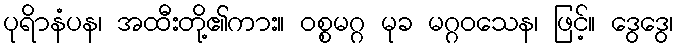
ပုရိာနံပန၊ အထီးတို့၏ကား။ ဝစ္စမဂ္ဂ မုခ မဂ္ဂဝသေန၊ ဖြင့်။ ဒွေဒွေ၊